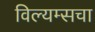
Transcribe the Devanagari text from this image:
विल्यम्सचा